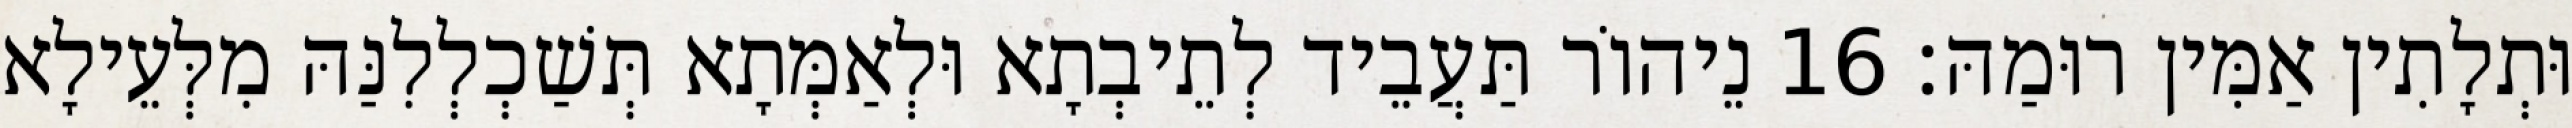
וּתְלָתִין אַמִּין רוּמַהּ׃ 16 נֵיהוֹר תַּעֲבֵיד לְתֵיבְתָא וּלְאַמְּתָא תְּשַׁכְלְלִנַּהּ מִלְּעֵילָא